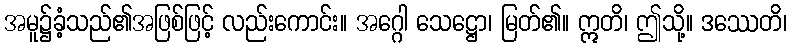
အမူ၌ခံ့သည်၏အဖြစ်ဖြင့် လည်းကောင်း။ အဂ္ဂေါ သေဋ္ဌော၊ မြတ်၏။ ဣတိ၊ ဤသို့။ ဒဿေတိ၊